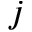
j